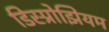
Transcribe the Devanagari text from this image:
डिस्प्रोझियम